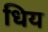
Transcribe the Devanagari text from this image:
धिय